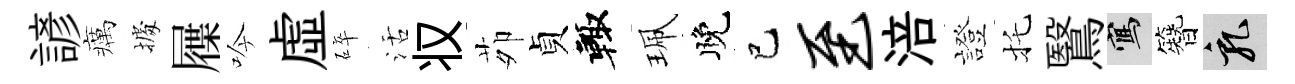
諺癘𢴃屧吟虚碎活𠬧茆貞輙珮晚巳至涪證托鷖寫簪乳